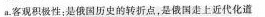
a.客观积极性；是俄国历史的转折点。是俄国走上近代化道